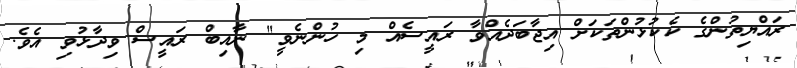
ރައްޔިތުންގެ ކެކުޅުންތަކަށް އިޖާބަދެއްވާ ރައީސެއް މި ހުންނެވީ" ނާއިބް ރައީސް ވިދާޅުވި އެވެ.